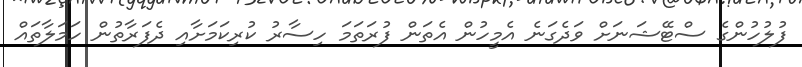
ފުލުހުންގެ ސްޓޭޝަނަށް ވަދެގަނެ އެމީހުން އެތަން ފުރަތަމަ ހިސާރު ކުރިކަމަށާއި ދެފަރާތުން ހަމަލާތައް